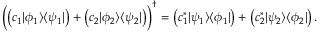
{ \Big ( } { \bigl ( } c _ { 1 } | \phi _ { 1 } \rangle \langle \psi _ { 1 } | { \bigr ) } + { \bigl ( } c _ { 2 } | \phi _ { 2 } \rangle \langle \psi _ { 2 } | { \bigr ) } { \Big ) } ^ { \dagger } = { \bigl ( } c _ { 1 } ^ { * } | \psi _ { 1 } \rangle \langle \phi _ { 1 } | { \bigr ) } + { \bigl ( } c _ { 2 } ^ { * } | \psi _ { 2 } \rangle \langle \phi _ { 2 } | { \bigr ) } \, .